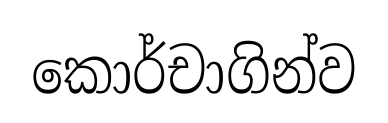
කොර්චාගින්ව